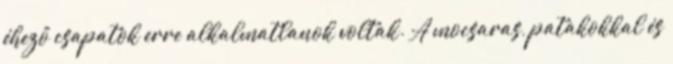
éhező csapatok erre alkalmatlanok voltak. A mocsaras, patakokkal és